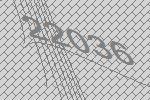
22036